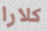
كلارا